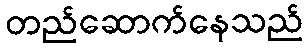
တည်ဆောက်နေသည်